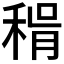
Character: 𥟮